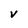
Character: v